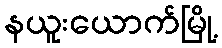
နယူးယောက်မြို့